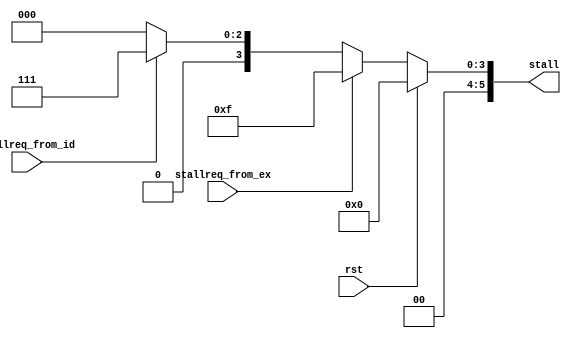
`timescale 1ns / 1ps
//////////////////////////////////////////////////////////////////////////////////
// Company: 
// Engineer: 
// 
// Design Name: 
// Module Name: ctrl
// Project Name: 
// Target Devices: 
// Tool Versions: 
// Description: 
// 
// Dependencies: 
// 
// Revision:
// Revision 0.01 - File Created
// Additional Comments:
// 
//////////////////////////////////////////////////////////////////////////////////


module ctrl(
	input wire rst,
	input wire stallreq_from_id,
	input wire stallreq_from_ex,
	output reg [5:0] stall
    );
    
    always @ (*)
    begin
    	if (rst == 1'b1)
    		stall = 6'b000000;
    	else if (stallreq_from_ex == 1'b1)
    		stall = 6'b001111;
    	else if (stallreq_from_id == 1'b1)
    		stall = 6'b000111;
    	else
    		stall = 6'b000000;
    end
    
    
endmodule